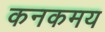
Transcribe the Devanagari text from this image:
कनकमय